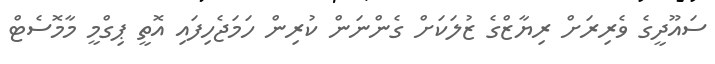
ސައޫދީގެ ވެރިރަށް ރިޔާޒްގެ ޒުލަކަށް ގެންނަން ކުރިން ހަމަޖެހިފައި އޮތީ ޕިގްމީ މާމޮސެޓް